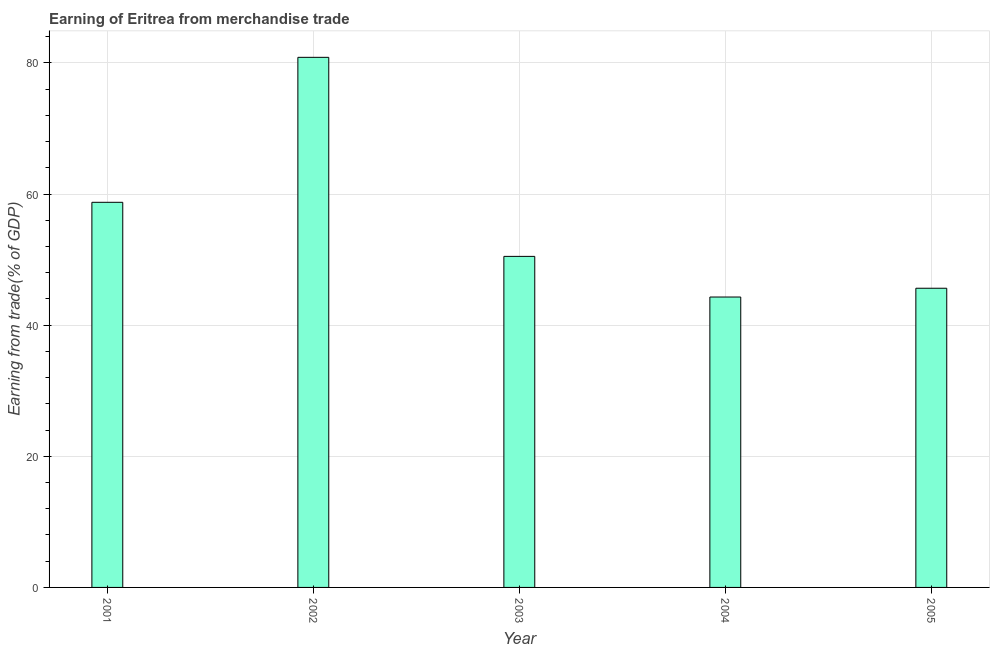
| Year | Merchandise trade |
 | --- | --- |
 | 2001 | 58.7 |
 | 2002 | 80.9 |
 | 2003 | 50.5 |
 | 2004 | 44.3 |
 | 2005 | 45.6 |